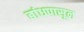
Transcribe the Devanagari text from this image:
बांधपासून